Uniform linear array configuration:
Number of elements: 4
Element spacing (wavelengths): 0.75
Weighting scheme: binomial
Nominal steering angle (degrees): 15
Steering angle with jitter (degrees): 15.08
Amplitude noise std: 0.05
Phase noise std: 0.05

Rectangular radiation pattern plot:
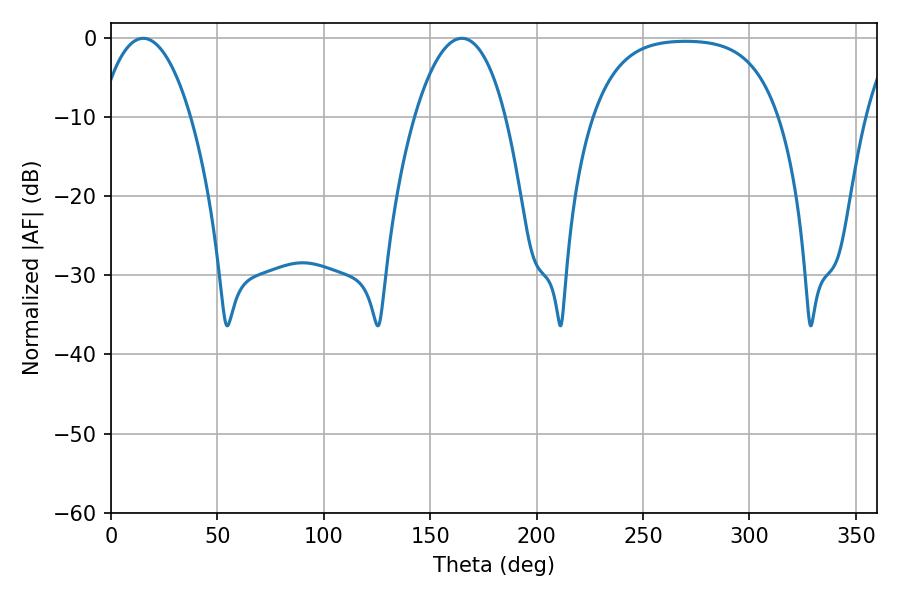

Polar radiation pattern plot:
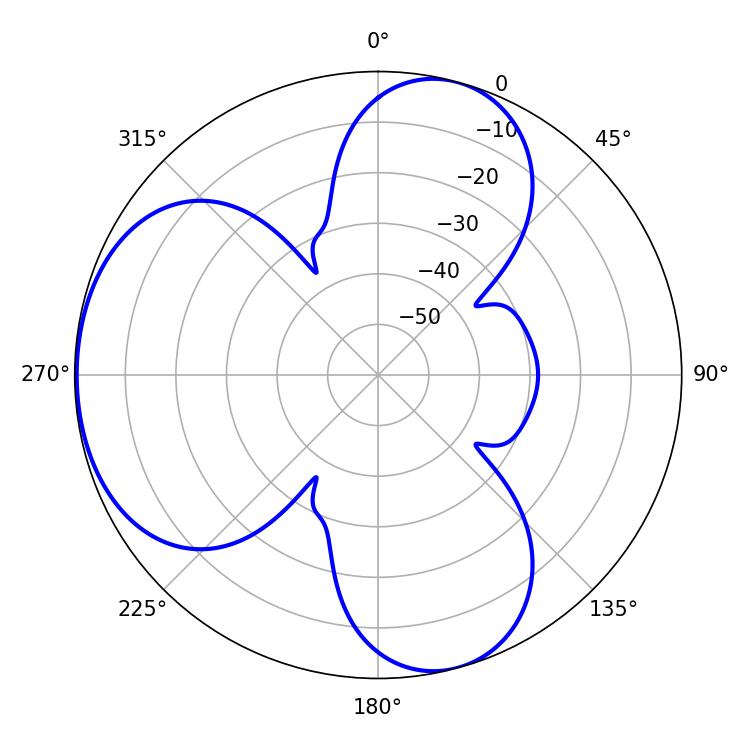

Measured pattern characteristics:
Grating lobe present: TRUE
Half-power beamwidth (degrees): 23.94
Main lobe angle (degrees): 15.12